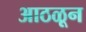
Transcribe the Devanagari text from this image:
आठळून